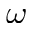
\omega